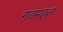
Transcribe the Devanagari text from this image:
गढमहल